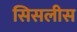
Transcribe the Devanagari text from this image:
सिसलीस